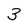
Character: 3